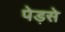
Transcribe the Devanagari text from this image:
पेड़से